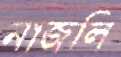
নাজলি